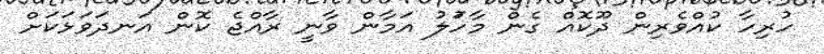
ހުރިހާ ކުއްވެރިން ދޫކޮއް ގެން މާހަުލު އަމާން ވާނީ ރާއްޖެ ކޮން އަނދަވަޅަކަށް